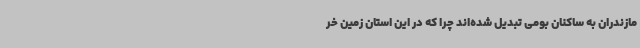
مازندران به ساکنان بومی تبدیل شده‌اند چرا که در این استان زمین خر